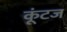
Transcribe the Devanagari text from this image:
कूंटज